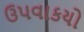
ઉપવાકયો